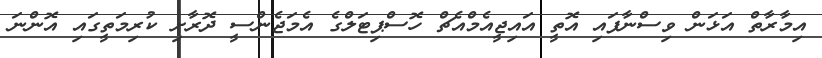
އިމާރާތް އަޅަން ވިސްނާފައި އޮތީ އައިޖީއެމްއެޗް ހޮސްޕިޓަލްގެ އެމަޖެންސީ ދޮރާށި ކުރިމަތީގައި އޮންނަ